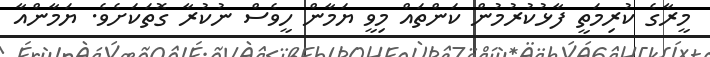
މީރާގެ ކުރިމަތީ ފާޅުކުރުމުން ކަންތައް މިވީ ޔަމާން ހީވެސް ނުކުރާ ގޮތަކަށެވެ. ޔަމާންއާ